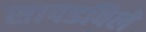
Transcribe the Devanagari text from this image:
सापडविले